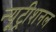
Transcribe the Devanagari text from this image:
न्यूट्रीशनल